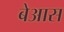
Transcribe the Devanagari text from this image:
बेआस